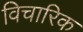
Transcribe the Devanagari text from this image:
विचारिक